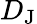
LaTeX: D_{\mathrm{J}}